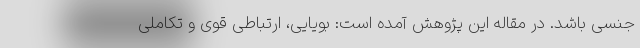
جنسی باشد. در مقاله این پژوهش آمده است: بویایی، ارتباطی قوی و تکاملی